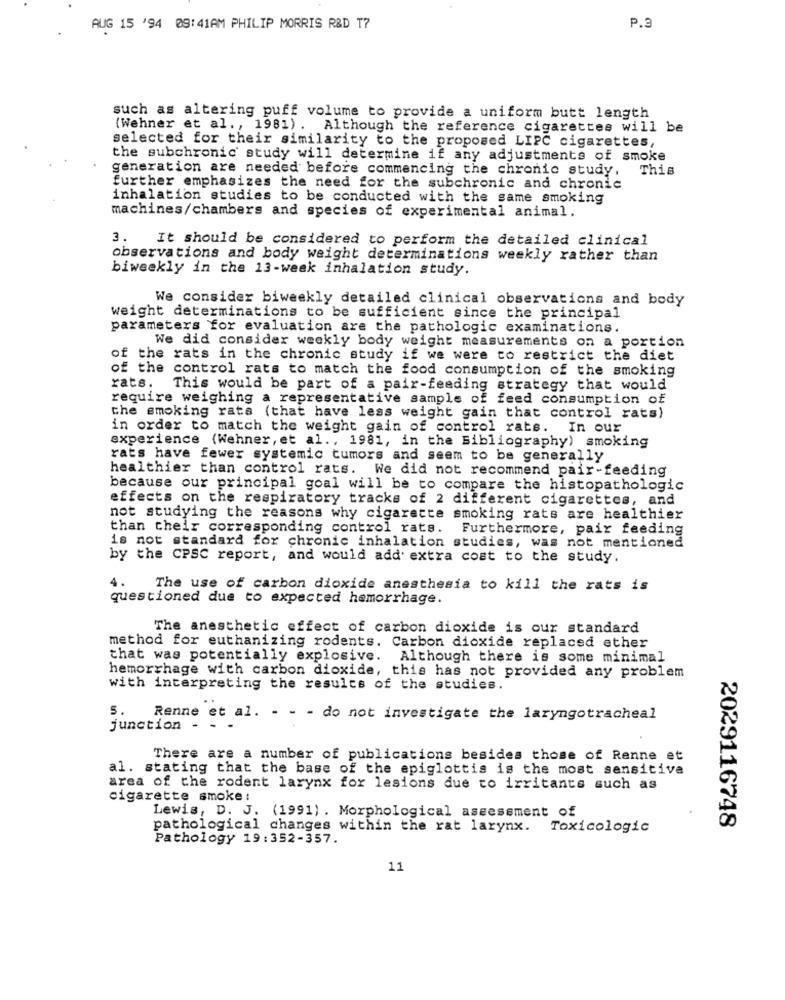
AUG 15 '94 09: 41AM PHILIP MORRIS R&D T?
P.3
such as altering puff volume to provide a uniform butt length
(Wehner et al ., 1981) . Although the reference cigarettes will be
selected for their similarity to the proposed LIPC cigarettes,
the subchronic study will determine if any adjustments of smoke
generation are needed before commencing the chronic study.
This
further emphasizes the need for the subchronic and chronic
inhalation studies to be conducted with the same smoking
machines/chambers and species of experimental animal.
3.
It should be considered to perform the detailed clinical
observations and body weight determinations weekly rather than
biweekly in the 13-week inhalation study.
We consider biweekly detailed clinical observations and body
weight determinations to be sufficient since the principal
parameters for evaluation are the pathologic examinations.
We did consider weekly body weight measurements on a portion
of the rats in the chronic study if we were to restrict the diet
of the control rats to match the food consumption of the smoking
rats.
This would be part of a pair-feeding strategy that would
require weighing a representative sample of feed consumption of
the smoking rats (that have less weight gain that control rats)
in order to match the weight gain of control rats. In our
experience (Wehner, et al ., 1981, in the Bibliography) smoking
rats have fewer systemic tumors and seem to be generally
healthier than control rats. We did not recommend pair-feeding
because our principal goal will be to compare the histopathologic
effects on the respiratory tracks of 2 different cigarettes, and
not studying the reasons why cigarette smoking rats are healthier
than their corresponding control rats.
Furthermore, pair feeding
is not standard for chronic inhalation studies, was not mentioned
by the CPSC report, and would add extra cost to the study.
4. The use of carbon dioxide anesthesia to kill the rats is
questioned due to expected hemorrhage.
The anesthetic effect of carbon dioxide is our standard
method for euthanizing rodents. Carbon dioxide replaced ether
that was potentially explosive.
Although there is some minimal
hemorrhage with carbon dioxide, this has not provided any problem
with interpreting the results of the studies.
5. Renne et al. - - - do not investigate the laryngotracheal
junction -
There are a number of publications besides those of Renne et
al. stating that the base of the epiglottis is the most sensitive
area of the rodent larynx for lesions due to irritants such as
cigarette smoke:
Lewis, D. J. (1991) . Morphological assessment of
2029116748
pathological changes within the rat larynx. Toxicologic
Pathology 19:352-357.
11